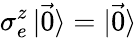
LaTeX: \sigma_{e}^{z}\mathinner{|{\vec{0}}\rangle}=\mathinner{|{\vec{0}}\rangle}